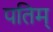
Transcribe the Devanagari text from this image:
पतिम्